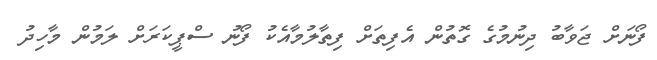
ފޯނަށް ޖަވާބު ދިނުމުގެ ގޮތުން އެފިތަށް ފިތާލުމާއެކު ފޯނު ސްޕީކަރަށް ލަމުން މާހިދު